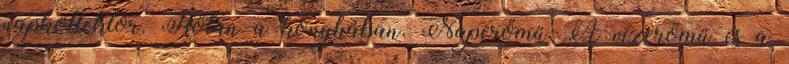
napkollektor. Hőtan a konyhában. Naperőmű. A vízerőmű és a